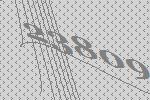
23809